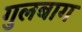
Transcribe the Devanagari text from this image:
गुलबाग